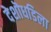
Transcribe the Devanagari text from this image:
देशॊधडिला